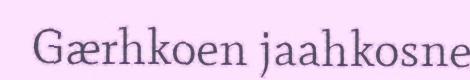
Gærhkoen jaahkosne